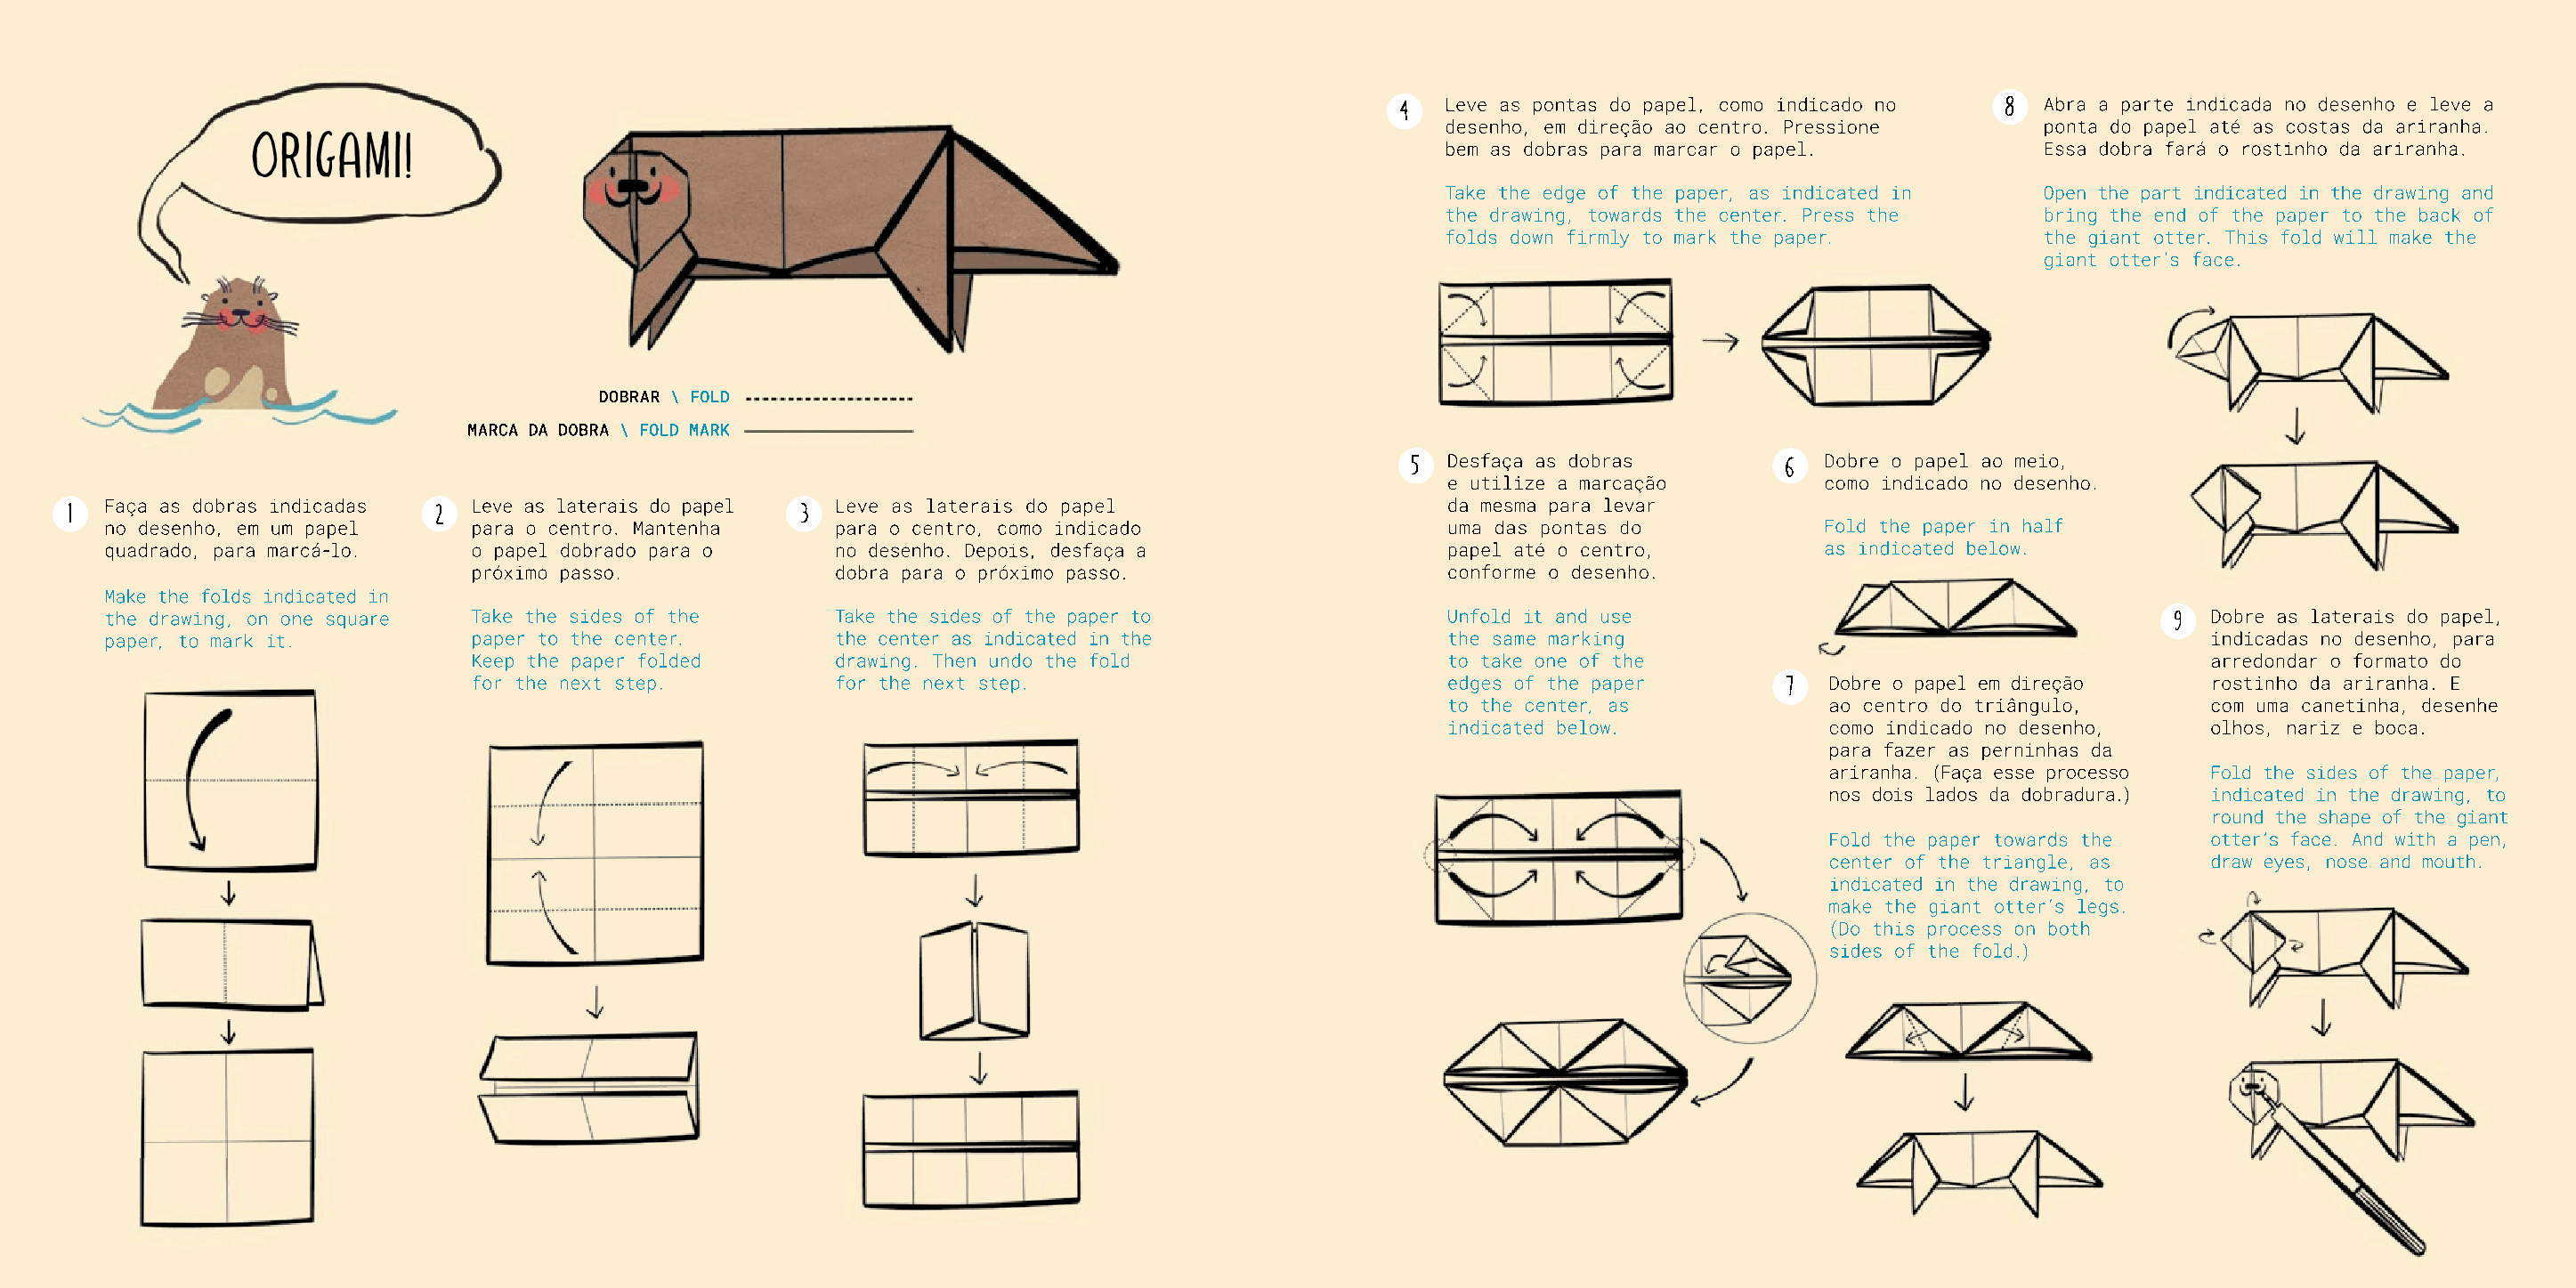
Leve as pontas do papel, como indicado no    Abra a parte indicada no desenho e leve a
 desenho, em direção ao centro. Pressione     ponta do papel até as costas da ariranha.
 bem as dobras para marcar o papel.           Essa dobra fará o rostinho da ariranha.
 Take the edge of the paper, as indicated in  Open the part indicated in the drawing and
 the drawing, towards the center. Press the   bring the end of the paper to the back of
 folds down firmly to mark the paper.         the giant otter. This fold will make the
 giant otter’s face.
 DOBRAR \ FOLD
 MARCA DA DOBRA \ FOLD MARK
 Desfaça as dobras           Dobre o papel ao meio,
 e utilize a marcação        como indicado no desenho.
 Faça as dobras indicadas   Leve as laterais do papel  Leve as laterais do papel                     da mesma para levar
 no desenho, em um papel    para o centro. Mantenha    para o centro, como indicado                  uma das pontas do           Fold the paper in half
 quadrado, para marcá-lo.   o papel dobrado para o     no desenho. Depois, desfaça a                 papel até o centro,         as indicated below.
 próximo passo.             dobra para o próximo passo.                   conforme o desenho.
 Make the folds indicated in
 the drawing, on one square Take the sides of the      Take the sides of the paper to                Unfold it and use                                       Dobre as laterais do papel,
 paper, to mark it.         paper to the center.       the center as indicated in the                the same marking                                        indicadas no desenho, para
 Keep the paper folded      drawing. Then undo the fold                   to take one of the                                      arredondar o formato do
 for the next step.         for the next step.                            edges of the paper          Dobre o papel em direção    rostinho da ariranha. E
 to the center, as           ao centro do triângulo,     com uma canetinha, desenhe
 indicated below.            como indicado no desenho,   olhos, nariz e boca.
 para fazer as perninhas da
 ariranha. (Faça esse processo Fold the sides of the paper,
 nos dois lados da dobradura.) indicated in the drawing, to
 round the shape of the giant
 Fold the paper towards the  otter’s face. And with a pen,
 center of the triangle, as  draw eyes, nose and mouth.
 indicated in the drawing, to
 make the giant otter’s legs.
 (Do this process on both
 sides of the fold.)